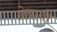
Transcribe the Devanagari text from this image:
ग्रेवानो